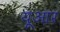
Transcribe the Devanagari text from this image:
यूआर